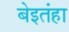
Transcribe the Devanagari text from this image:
बेइतंहा